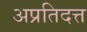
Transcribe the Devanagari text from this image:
अप्रतिदत्त